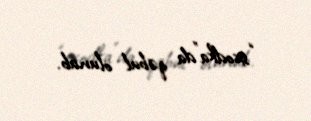
“sxodka”da qəbul olunub.